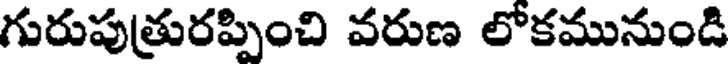
గురుపుత్రురప్పించి వరుణ లోకమునుండి